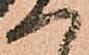
一